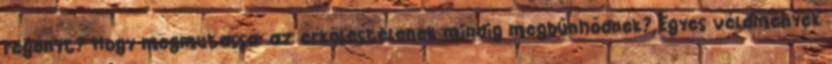
regényt? Hogy megmutassa: az erkölcstelenek mindig megbűnhődnek? Egyes vélemények